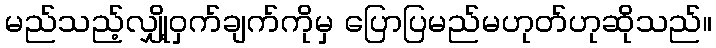
မည်သည့်လျှို့ဝှက်ချက်ကိုမှ ပြောပြမည်မဟုတ်ဟုဆိုသည်။